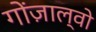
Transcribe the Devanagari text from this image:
गोंज़ाल्वो